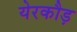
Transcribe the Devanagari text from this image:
येरकौड़